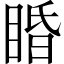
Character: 睧